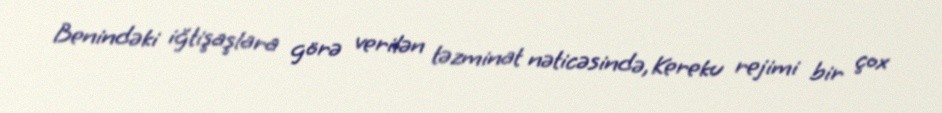
Benindəki iğtişaşlara görə verilən təzminat nəticəsində, Kereku rejimi bir çox